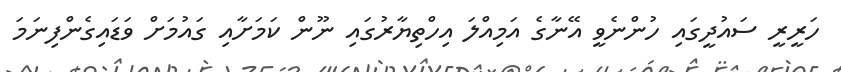
ހަރީރީ ސައުދީގައި ހުންނެވީ އޭނާގެ އަމިއްލަ އިހްތިޔާރުގައި ނޫން ކަމަށާއި ގައުމަށް ވަޑައިގެންފިނަމަ